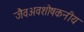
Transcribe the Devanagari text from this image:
जैवअवशोषकनीय